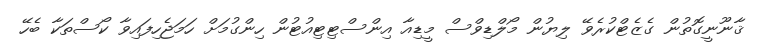
ޤާނޫނީގޮތުން ގެޒެޓްކުރެވޭ ލިޔުން މޯލްޑިވްސް މީޑިއާ އިންސްޓިޓިއުޓުން ހިންގުމަށް ހަމަޖެހިފައިވާ ކޯސްތަކާ ބެހޭ